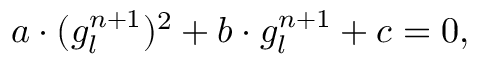
a \cdot ( g _ { l } ^ { n + 1 } ) ^ { 2 } + b \cdot g _ { l } ^ { n + 1 } + c = 0 ,